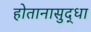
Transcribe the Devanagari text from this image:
होतानासुद्धा